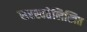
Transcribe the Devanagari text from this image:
सरस्वतेलिखित